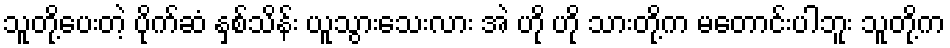
သူတို့ပေးတဲ့ ပိုက်ဆံ နှစ်သိန်း ယူသွားသေးလား အဲ ဟို ဟို သားတို့က မတောင်းပါဘူး သူတို့က